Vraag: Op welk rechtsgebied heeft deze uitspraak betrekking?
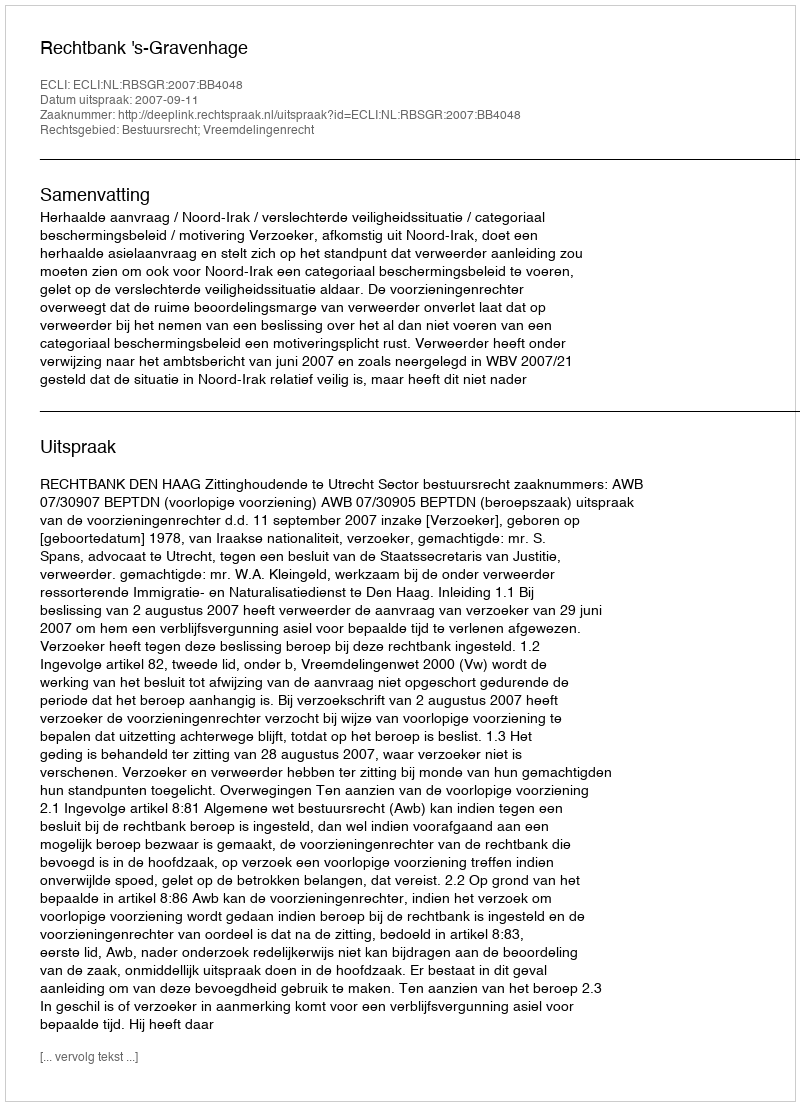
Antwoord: Bestuursrecht; Vreemdelingenrecht